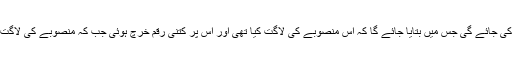
وزیراعظم کی ہدایت پرتین زمروں میں پڑتال کی جائے گی جس میں بتایا جائے گا کہ اس منصوبے کی لاگت کیا تھی اور اس پر کتنی رقم خرچ ہوئی جب کہ منصوبے کی لاگت میں اضافے کی وجوہ بھی بیان کی جائیں گیں۔